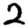
Digit: 2